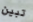
تبين